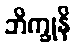
ဘိက္ခုနိ